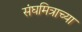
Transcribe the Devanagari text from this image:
संघमित्राच्या